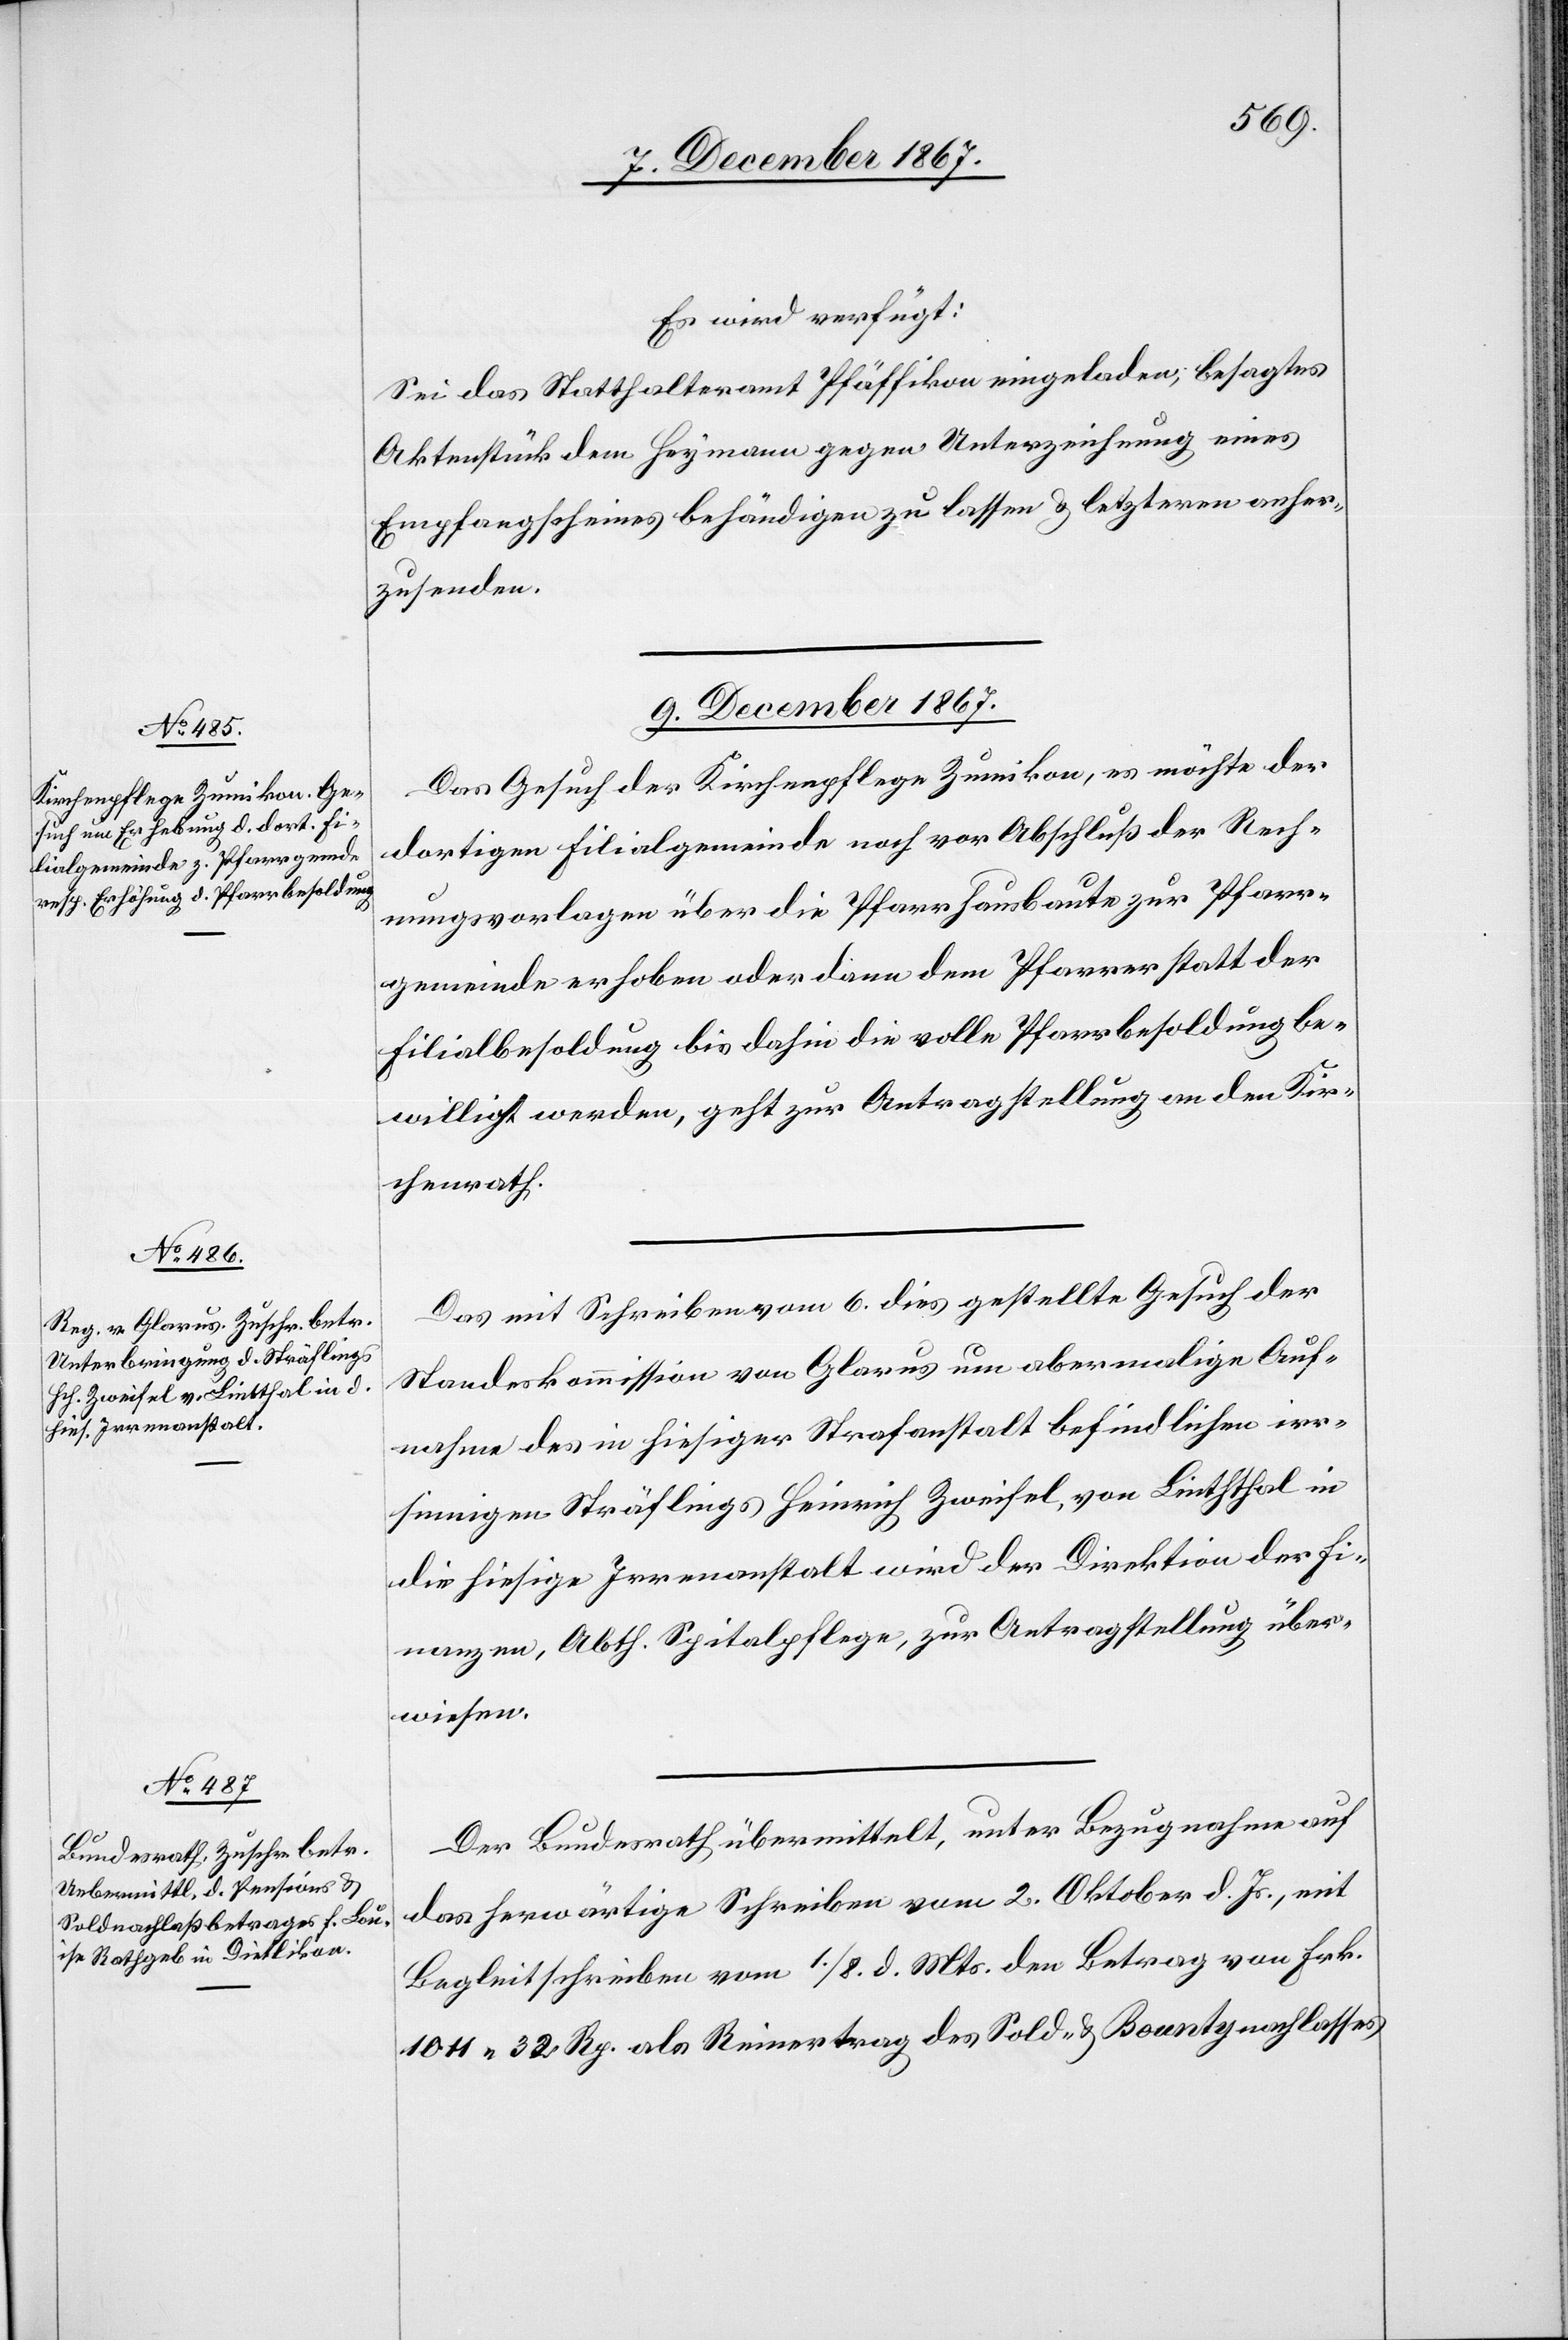
Es wird verfügt:
Sei das Statthalteramt Pfäffikon eingeladen, besagtes
Aktenstück dem Heymann gegen Unterzeichnung eines
Empfangscheines behändigen zu lassen u. letzteren anher¬
zusenden.
9. December 1867.]
Das Gesuch der Kirchenpflege Zumikon, es möchte der
dortigen Filialgemeinde noch vor Abschluß der Rech¬
nungsvorlagen über die Pfarrhausbaute zur Pfarr¬
gemeinde erhoben oder dann dem Pfarrer statt der
Filialbesoldung bis dahin die volle Pfarrbesoldung be¬
willigt werden, geht zur Antragstellung an den Kir¬
chenrath.
Das mit Schreiben vom 6. dies gestellte Gesuch der
Standeskommission von Glarus um abermalige Auf¬
nahme des in hiesiger Strafanstalt befindlichen irr¬
sinnigen Sträflings Heinrich Zweifel, von Linththal
die hiesige Irrenanstalt wird der Direktion der Fi¬
nanzen, Abth. Spitalpflege, zur Antragstellung über¬
wiesen.
Der Bundesrath übermittelt, unter Bezugnahme auf
das herwärtige Schreiben vom 2. Oktober d. Js., mit
Begleitschreiben vom 1./8. d. Mts. den Betrag von Frk.
1011.32 Rp. als Reinertrag des Sold- u. Bountynachlasses